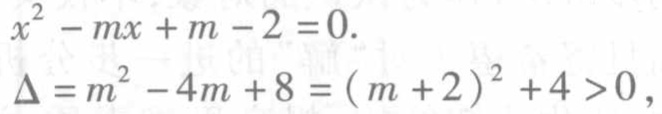
\(x^{2}-mx + m - 2 = 0.\)
\(\Delta=m^{2}-4m + 8=(m + 2)^{2}+4>0\)